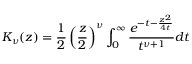
K _ { \nu } ( z ) = \frac { 1 } { 2 } \left( \frac { z } { 2 } \right) ^ { \nu } \int _ { 0 } ^ { \infty } \frac { e ^ { - t - \frac { z ^ { 2 } } { 4 t } } } { t ^ { \nu + 1 } } d t